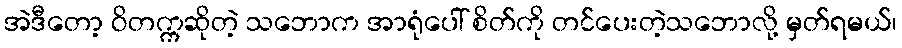
အဲဒီတော့ ဝိတက္ကဆိုတဲ့ သဘောက အာရုံပေါ် စိတ်ကို တင်ပေးတဲ့သဘောလို့ မှတ်ရမယ်၊